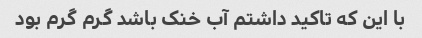
با این که تاکید داشتم آب خنک باشد گرم گرم بود